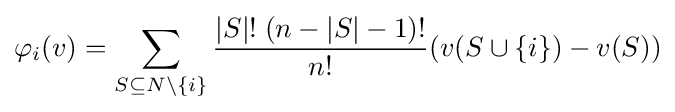
\varphi _{i}(v)=\sum _{S\subseteq N\setminus \{i\}}{\frac {|S|!\;(n-|S|-1)!}{n!}}(v(S\cup \{i\})-v(S))